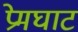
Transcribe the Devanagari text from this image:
प्रेमघाट